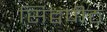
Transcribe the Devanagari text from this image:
सिद्वपीठ